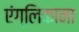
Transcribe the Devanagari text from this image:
एंग्लिकाना